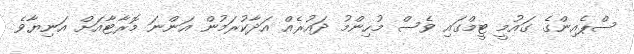
ސްޕެއިންގެ ގައުމީ ޓީމްގައި ވެސް މުހިންމު ދައުރެއް އަދާކުރަމުން އަންނަ މޮރާޓާއަށް އަނިޔާވެ